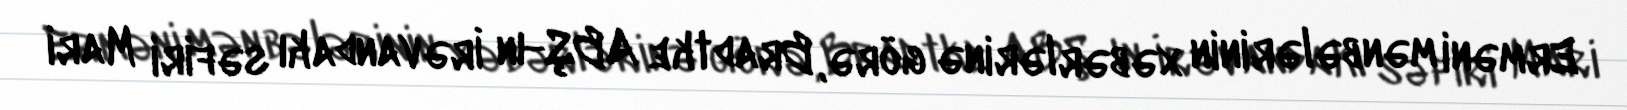
Erməni mənbələrinin xəbərlərinə görə, Bradtke ABŞ-ın İrəvandakı səfiri Mari